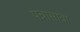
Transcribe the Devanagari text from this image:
पन्नासावा